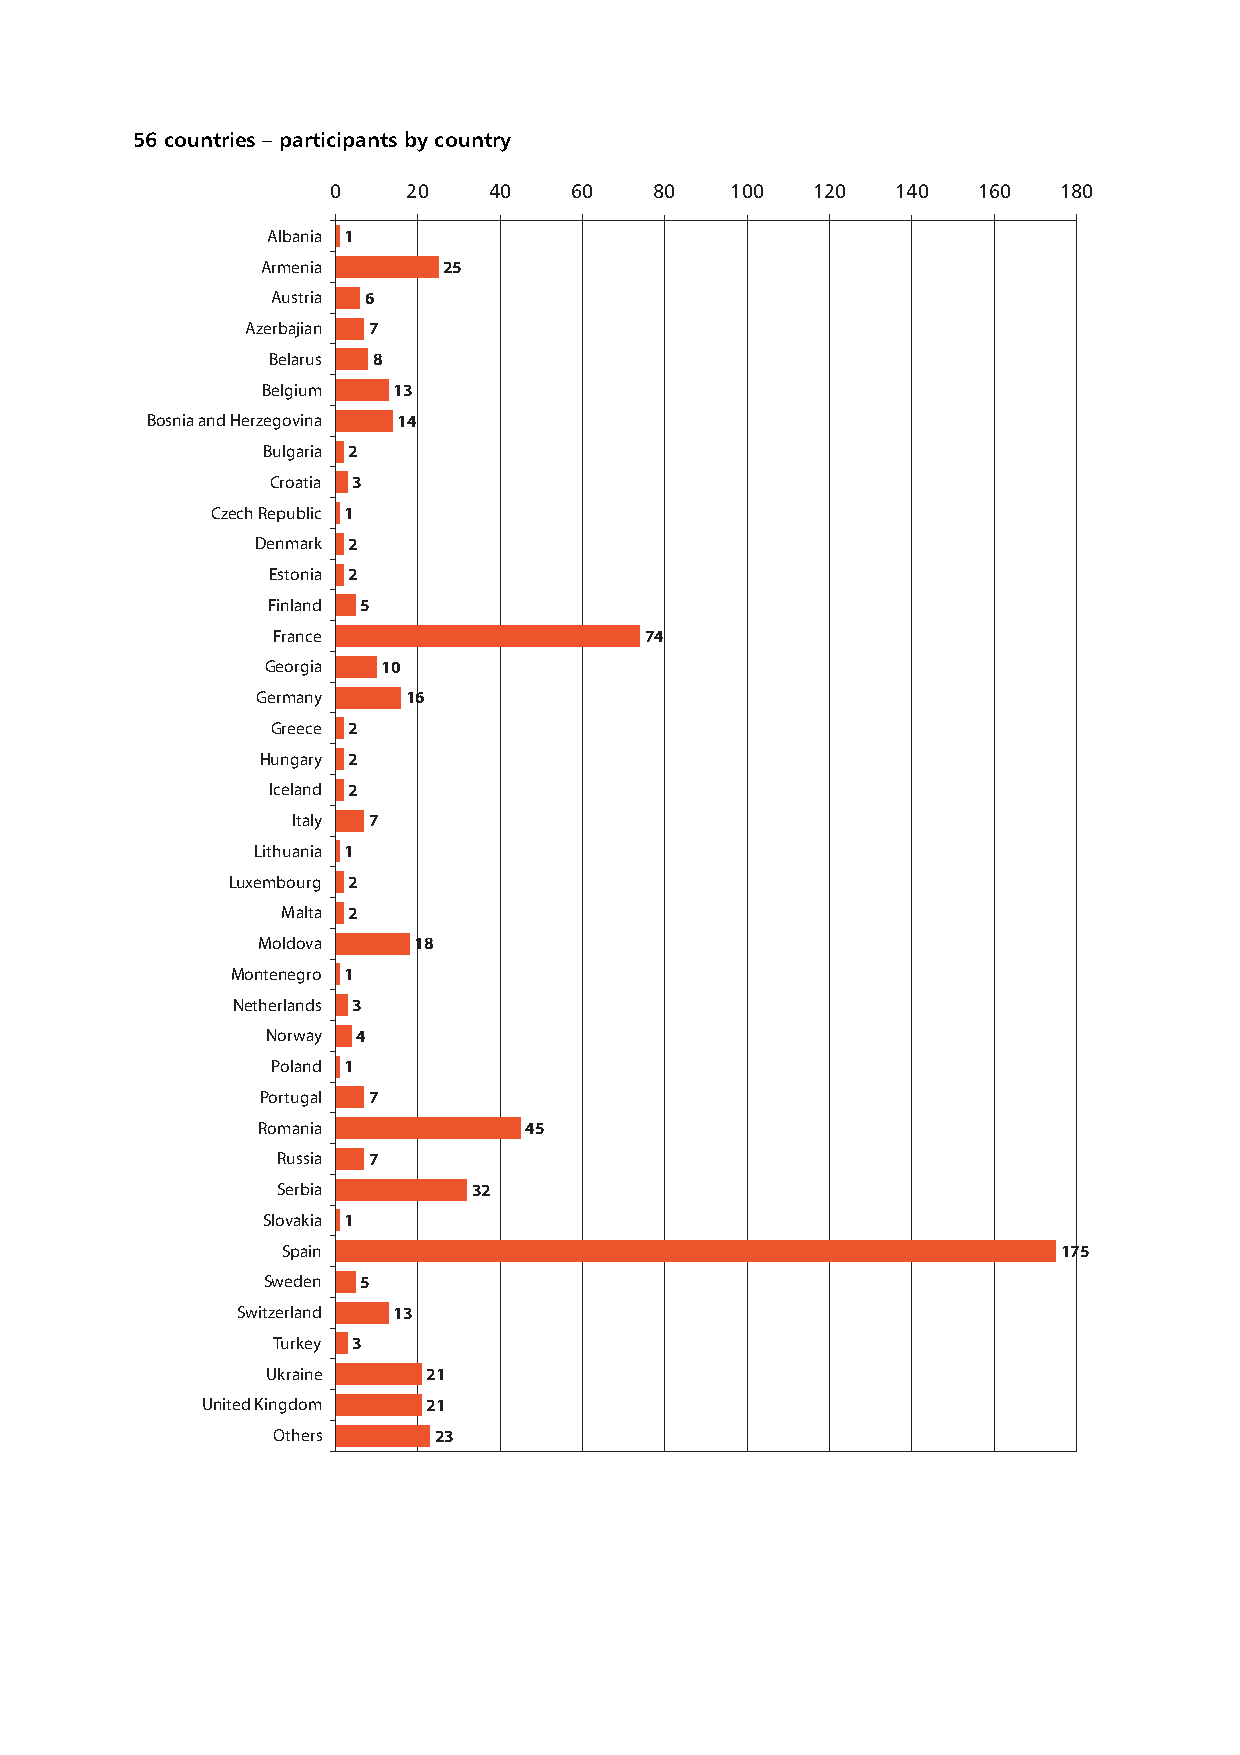
56 countries – participants by country
 0    20   40    60   80   100   120  140   160  180
 Albania 1
 Armenia     25
 Austria 6
 Azerbajian 7
 Belarus 8
 Belgium  13
 Bosnia and Herzegovina 14
 Bulgaria 2
 Croatia 3
 Czech Republic 1
 Denmark 2
 Estonia 2
 Finland 5
 France                   74
 Georgia 10
 Germany   16
 Greece 2
 Hungary 2
 Iceland 2
 Italy 7
 Lithuania 1
 Luxembourg 2
 Malta 2
 Moldova   18
 Montenegro 1
 Netherlands 3
 Norway 4
 Poland 1
 Portugal 7
 Romania           45
 Russia 7
 Serbia       32
 Slovakia 1
 Spain                                              175
 Sweden 5
 Switzerland 13
 Turkey 3
 Ukraine   21
 United Kingdom 21
 Others     23